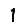
Digit: 1